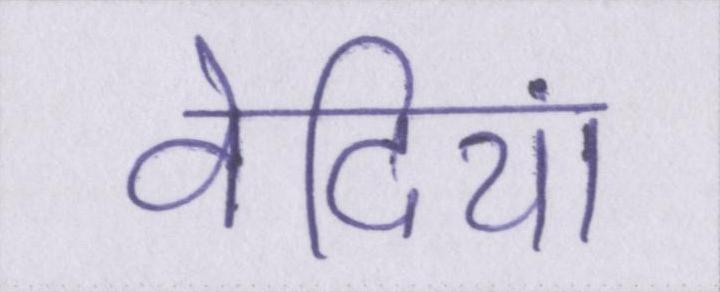
वेदियां